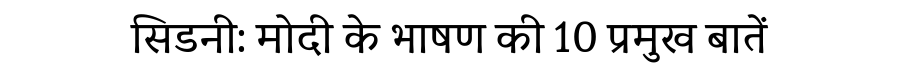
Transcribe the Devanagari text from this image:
सिडनी: मोदी के भाषण की 10 प्रमुख बातें